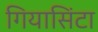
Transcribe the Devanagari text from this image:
गियासिंटा